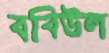
ববিউল